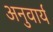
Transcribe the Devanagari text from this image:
अनुवार्य